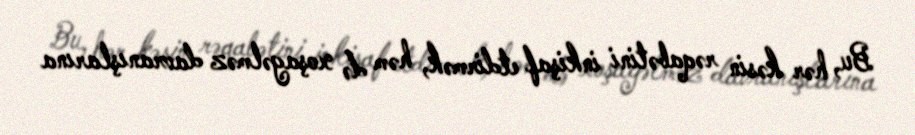
Bu, hər kəsin rəqabətini inkişaf etdirmək, həm də xoşagəlməz davranışlarına